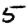
Digit: 5